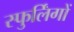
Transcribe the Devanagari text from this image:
स्फुर्लिंगों